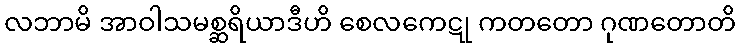
လဘာမိ အာဝါသမစ္ဆရိယာဒီဟိ စေလကေဋု ကတတော ဂုဏတောတိ